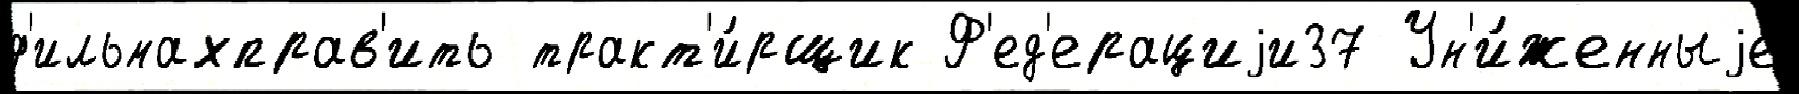
ф'ильмахправ'ить тракт'и́рщик Ф'ед'ерациjи37 Ун'и́женныjе